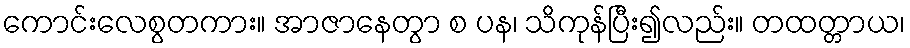
ကောင်းလေစွတကား။ အာဇာနေတွာ စ ပန၊ သိကုန်ပြီး၍လည်း။ တထတ္တာယ၊